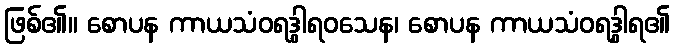
ဖြစ်၏။ စောပန ကာယသံဝရဒွါရဝသေန၊ စောပန ကာယသံဝရဒွါရ၏